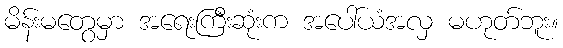
မိန်းမတွေမှာ အရေးကြီးဆုံးက အပေါ်ယံအလှ မဟုတ်ဘူး။